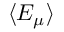
\langle E _ { \mu } \rangle